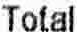
TOTAL